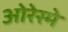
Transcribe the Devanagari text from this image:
ओरेस्मे